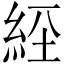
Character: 𦀇